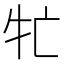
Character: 牤